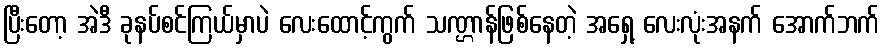
ပြီးတော့ အဲဒီ ခုနပ်စင်ကြယ်မှာပဲ လေးထောင့်ကွက် သဏ္ဌာန်ဖြစ်နေတဲ့ အရှေ့ လေးလုံးအနက် အောက်ဘက်